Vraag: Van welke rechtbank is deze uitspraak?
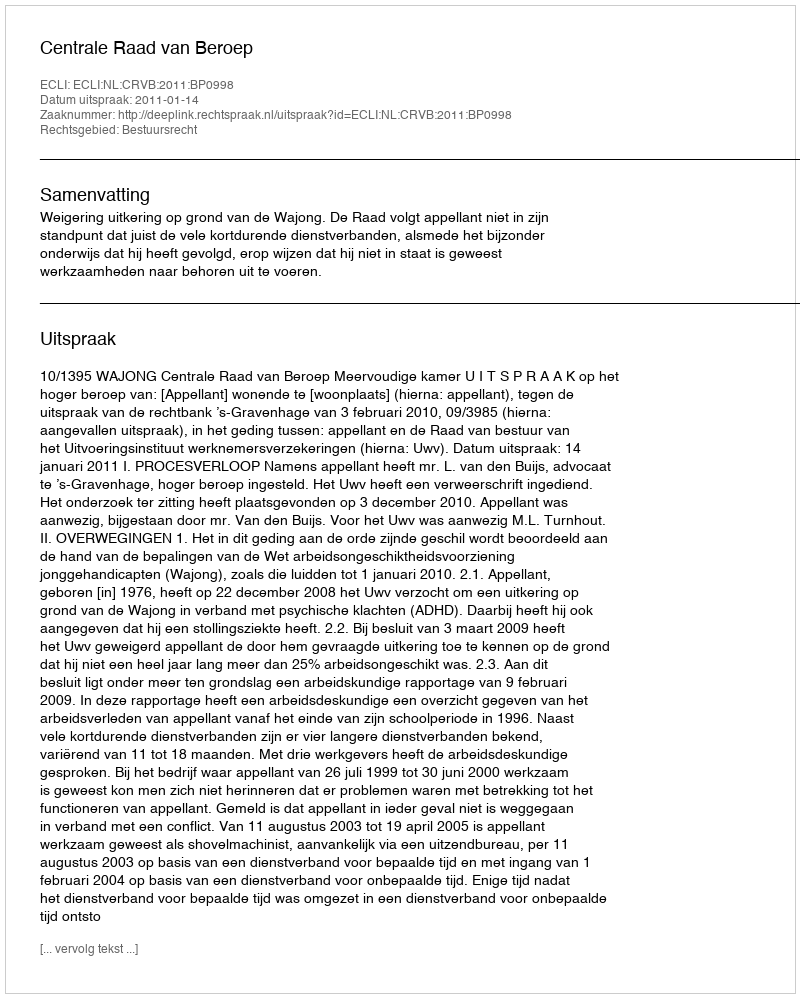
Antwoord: Centrale Raad van Beroep